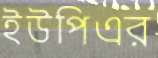
ইউপিএর